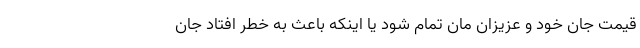
قیمت جان خود و عزیزان مان تمام شود یا اینکه باعث به خطر افتاد جان